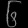
Digit: ၆